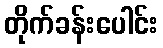
တိုက်ခန်းပေါင်း